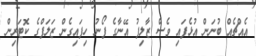
އެއްޗެއް ބުނަން އުޅެފައި ވެސް ޒާލިފު އޭނާގެ ފޯނު ހިފައިގެން ޒަލަފްގެ ކޮޓަރިން